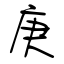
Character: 庚